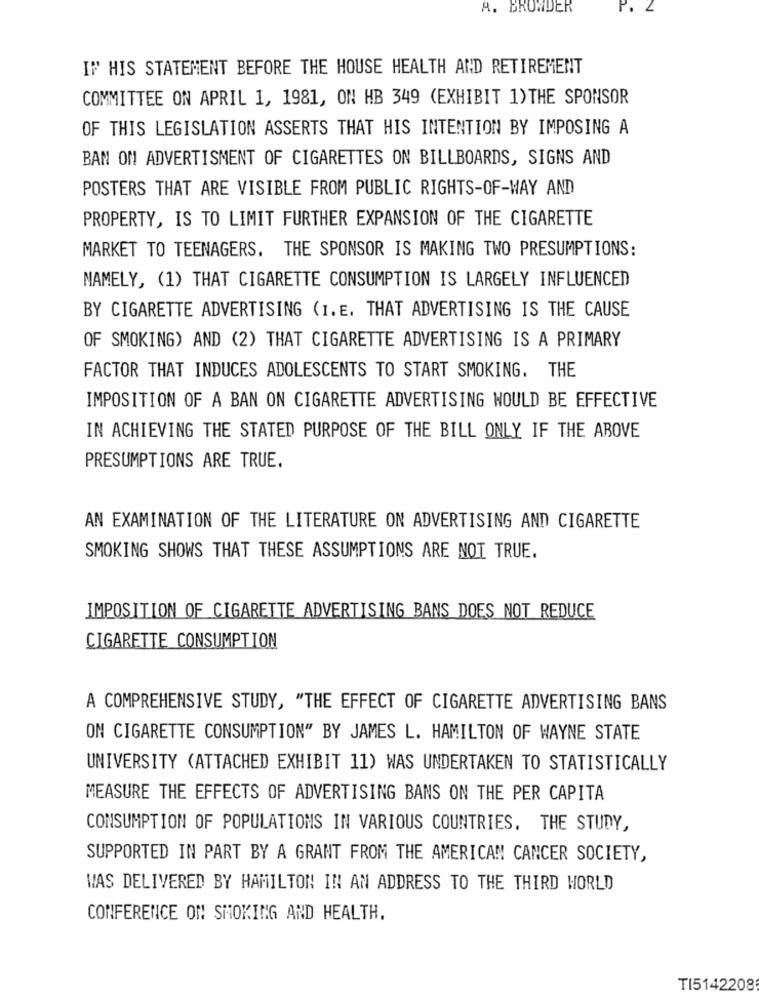
A. BROWDER
P. L
IF HIS STATEMENT BEFORE THE HOUSE HEALTH AND RETIREMENT
COMMITTEE ON APRIL 1, 1981, ON HB 349 (EXHIBIT 1) THE SPONSOR
OF THIS LEGISLATION ASSERTS THAT HIS INTENTION BY IMPOSING A
BAN ON ADVERTISMENT OF CIGARETTES ON BILLBOARDS, SIGNS AND
POSTERS THAT ARE VISIBLE FROM PUBLIC RIGHTS-OF-WAY AND
PROPERTY, IS TO LIMIT FURTHER EXPANSION OF THE CIGARETTE
MARKET TO TEENAGERS. THE SPONSOR IS MAKING TWO PRESUMPTIONS:
NAMELY, (1) THAT CIGARETTE CONSUMPTION IS LARGELY INFLUENCED
BY CIGARETTE ADVERTISING (I.E. THAT ADVERTISING IS THE CAUSE
OF SMOKING) AND (2) THAT CIGARETTE ADVERTISING IS A PRIMARY
FACTOR THAT INDUCES ADOLESCENTS TO START SMOKING. THE
IMPOSITION OF A BAN ON CIGARETTE ADVERTISING WOULD BE EFFECTIVE
IN ACHIEVING THE STATED PURPOSE OF THE BILL ONLY IF THE ABOVE
PRESUMPTIONS ARE TRUE.
AN EXAMINATION OF THE LITERATURE ON ADVERTISING AND CIGARETTE
SMOKING SHOWS THAT THESE ASSUMPTIONS ARE NOT TRUE.
IMPOSITION OF CIGARETTE ADVERTISING BANS DOES NOT REDUCE
CIGARETTE CONSUMPTION
A COMPREHENSIVE STUDY, "THE EFFECT OF CIGARETTE ADVERTISING BANS
ON CIGARETTE CONSUMPTION" BY JAMES L. HAMILTON OF WAYNE STATE
UNIVERSITY (ATTACHED EXHIBIT 11) WAS UNDERTAKEN TO STATISTICALLY
MEASURE THE EFFECTS OF ADVERTISING BANS ON THE PER CAPITA
CONSUMPTION OF POPULATIONS IN VARIOUS COUNTRIES. THE STUDY,
SUPPORTED IN PART BY A GRANT FROM THE AMERICAN CANCER SOCIETY,
WAS DELIVERED BY HAMILTON IN AN ADDRESS TO THE THIRD WORLD
CONFERENCE ON SMOKING AND HEALTH.
TI5142208